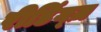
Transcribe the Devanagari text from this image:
रीडिंग्ज़